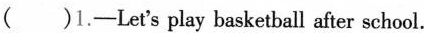
( )1.-Let's play basketball after school.